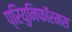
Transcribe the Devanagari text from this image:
प्रियुनिफॉरमस